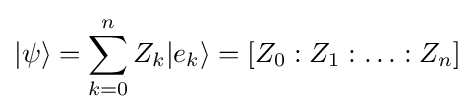
\vert \psi \rangle =\sum _{k=0}^{n}Z_{k}\vert e_{k}\rangle =[Z_{0}:Z_{1}:\ldots :Z_{n}]